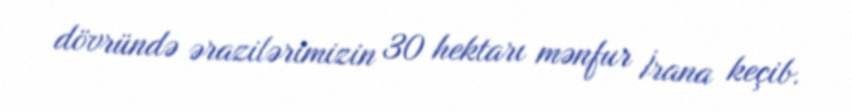
dövründə ərazilərimizin 30 hektarı mənfur İrana keçib.